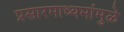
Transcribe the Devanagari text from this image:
प्रसारमाध्यमांमुळे